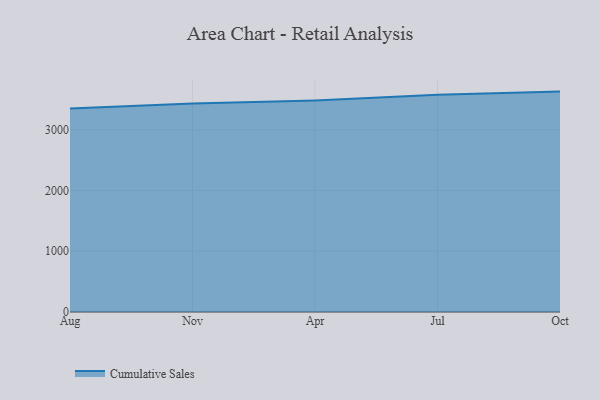
{"axis": {"x": "Month", "y": "Inventory Turnover"}, "legend": ["Cumulative Sales"], "data": [{"x": "Aug", "y": 3350.3, "type": "Cumulative Sales"}, {"x": "Nov", "y": 3430.2, "type": "Cumulative Sales"}, {"x": "Apr", "y": 3480.5, "type": "Cumulative Sales"}, {"x": "Jul", "y": 3575.5, "type": "Cumulative Sales"}, {"x": "Oct", "y": 3628.0, "type": "Cumulative Sales"}]}